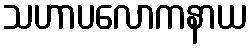
သဟာပလောကနာယ